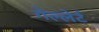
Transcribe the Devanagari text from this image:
गेल्लेर्ट